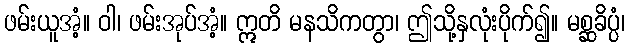
ဖမ်းယူအံ့။ ဝါ၊ ဖမ်းအုပ်အံ့။ ဣတိ မနသိကတွာ၊ ဤသို့နှလုံးပိုက်၍။ မစ္ဆခိပ္ပံ၊